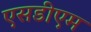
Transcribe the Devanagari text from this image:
एसडीएम